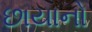
છાયાનો